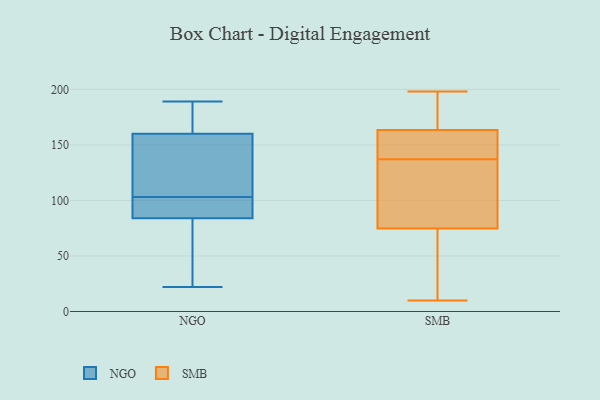
{"axis": {"x": "Inventory Turnover", "y": "Value"}, "legend": ["NGO", "SMB"], "data": [{"x": "", "y": 22, "type": "NGO"}, {"x": "", "y": 104, "type": "NGO"}, {"x": "", "y": 115, "type": "NGO"}, {"x": "", "y": 29, "type": "NGO"}, {"x": "", "y": 189, "type": "NGO"}, {"x": "", "y": 174, "type": "NGO"}, {"x": "", "y": 66, "type": "NGO"}, {"x": "", "y": 160, "type": "NGO"}, {"x": "", "y": 102, "type": "NGO"}, {"x": "", "y": 181, "type": "NGO"}, {"x": "", "y": 84, "type": "NGO"}, {"x": "", "y": 185, "type": "NGO"}, {"x": "", "y": 92, "type": "NGO"}, {"x": "", "y": 120, "type": "NGO"}, {"x": "", "y": 91, "type": "NGO"}, {"x": "", "y": 41, "type": "NGO"}, {"x": "", "y": 118, "type": "NGO"}, {"x": "", "y": 95, "type": "NGO"}, {"x": "", "y": 198, "type": "SMB"}, {"x": "", "y": 53, "type": "SMB"}, {"x": "", "y": 180, "type": "SMB"}, {"x": "", "y": 110, "type": "SMB"}, {"x": "", "y": 139, "type": "SMB"}, {"x": "", "y": 196, "type": "SMB"}, {"x": "", "y": 153, "type": "SMB"}, {"x": "", "y": 100, "type": "SMB"}, {"x": "", "y": 10, "type": "SMB"}, {"x": "", "y": 77, "type": "SMB"}, {"x": "", "y": 158, "type": "SMB"}, {"x": "", "y": 68, "type": "SMB"}, {"x": "", "y": 137, "type": "SMB"}]}